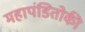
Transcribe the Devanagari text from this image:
महापंडितोकी